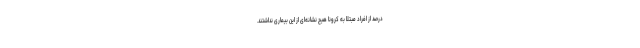
درصد از افراد مبتلا به کرونا هیچ نشانه‌ای از این بیماری نداشتند.